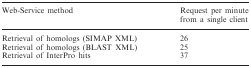
<table><thead><tr><td><b>Web-Service method</b></td><td><b>Request per minute from a single client</b></td></tr></thead><tbody><tr><td>Retrieval of homologs (SIMAP XML)</td><td>26</td></tr><tr><td>Retrieval of homologs (BLAST XML)</td><td>25</td></tr><tr><td>Retrieval of InterPro hits</td><td>37</td></tr></tbody></table>